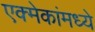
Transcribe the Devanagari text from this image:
एक्मेकांमध्ये